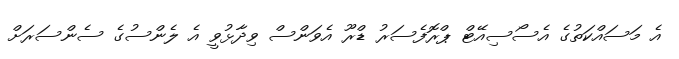
އެ މަސައްކަތުގެ އެސޯސިއޭޓް ޕްރޮފެސަރު ޑްރޫ އެވަންސް ވިދާޅުވީ އެ ލެންސުގެ ސެންސަރަށް